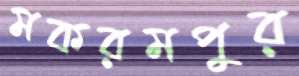
মকরমপুর